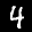
Label: 4